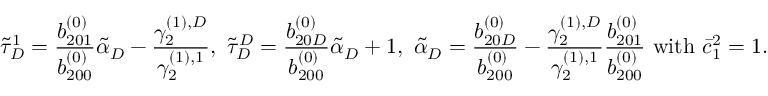
\tilde { \tau } _ { D } ^ { 1 } = \frac { b _ { 2 0 1 } ^ { ( 0 ) } } { b _ { 2 0 0 } ^ { ( 0 ) } } \tilde { \alpha } _ { D } - \frac { \gamma _ { 2 } ^ { ( 1 ) , D } } { \gamma _ { 2 } ^ { ( 1 ) , 1 } } , \ \tilde { \tau } _ { D } ^ { D } = \frac { b _ { 2 0 D } ^ { ( 0 ) } } { b _ { 2 0 0 } ^ { ( 0 ) } } \tilde { \alpha } _ { D } + 1 , \ \tilde { \alpha } _ { D } = \frac { b _ { 2 0 D } ^ { ( 0 ) } } { b _ { 2 0 0 } ^ { ( 0 ) } } - \frac { \gamma _ { 2 } ^ { ( 1 ) , D } } { \gamma _ { 2 } ^ { ( 1 ) , 1 } } \frac { b _ { 2 0 1 } ^ { ( 0 ) } } { b _ { 2 0 0 } ^ { ( 0 ) } } \mathrm { ~ w i t h ~ } \bar { c } _ { 1 } ^ { 2 } = 1 .